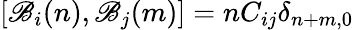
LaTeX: [\mathscr{B}_{i}(n),\mathscr{B}_{j}(m)]=nC_{ij}\delta_{n+m,0}